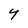
Character: 4